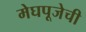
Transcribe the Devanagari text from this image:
मेघपूजेची